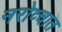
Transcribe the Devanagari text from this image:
नरोव्चात